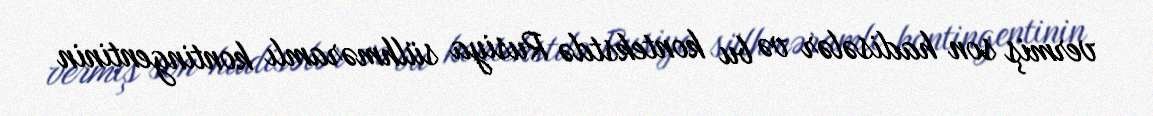
vermiş son hadisələr və bu kontekstdə Rusiya sülhməramlı kontingentinin